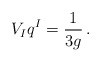
\begin{align*}V_I q^I = \frac{1}{3g}\,. \end{align*}